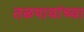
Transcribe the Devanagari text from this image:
तळपायांच्या